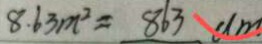
8 . 6 3 m ^ { 2 } = 8 6 3 d m